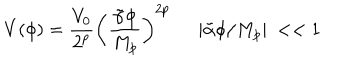
LaTeX: V ( \phi ) = { \frac { V _ { 0 } } { 2 ^ { p } } } \left( \frac { \tilde { \alpha } \phi } { M _ { p } } \right) ^ { 2 p } | \tilde { \alpha } \phi / M _ { p } | ~ < < 1